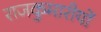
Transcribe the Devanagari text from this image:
राजकुमारीयों